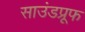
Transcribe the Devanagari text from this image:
साउंडप्रूफ